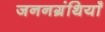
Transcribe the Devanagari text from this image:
जननग्रंथियाँ